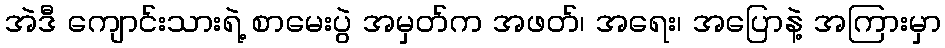
အဲဒီ ကျောင်းသားရဲ့ စာမေးပွဲ အမှတ်က အဖတ်၊ အရေး၊ အပြောနဲ့ အကြားမှာ